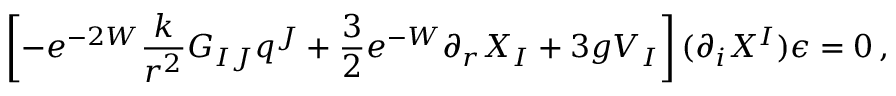
\left[ - e ^ { - 2 W } \frac { k } { r ^ { 2 } } G _ { I J } q ^ { J } + \frac 3 2 e ^ { - W } \partial _ { r } X _ { I } + 3 g V _ { I } \right] ( \partial _ { i } X ^ { I } ) \epsilon = 0 \, ,